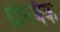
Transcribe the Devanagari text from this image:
ग्रीनबैक